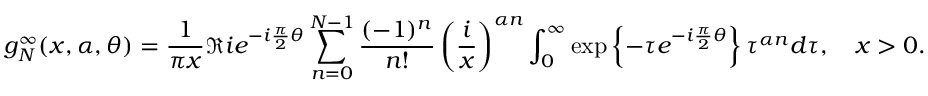
g _ { N } ^ { \infty } ( x , \alpha , \theta ) = \frac { 1 } { \pi x } \Re i e ^ { - i \frac { \pi } { 2 } \theta } \sum _ { n = 0 } ^ { N - 1 } \frac { ( - 1 ) ^ { n } } { n ! } \left( \frac { i } { x } \right) ^ { \alpha n } \int _ { 0 } ^ { \infty } \exp \left\{ - \tau e ^ { - i \frac { \pi } { 2 } \theta } \right\} \tau ^ { \alpha n } d \tau , \quad x > 0 .